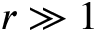
r \gg 1